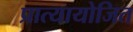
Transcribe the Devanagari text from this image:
प्रात्यायोजित